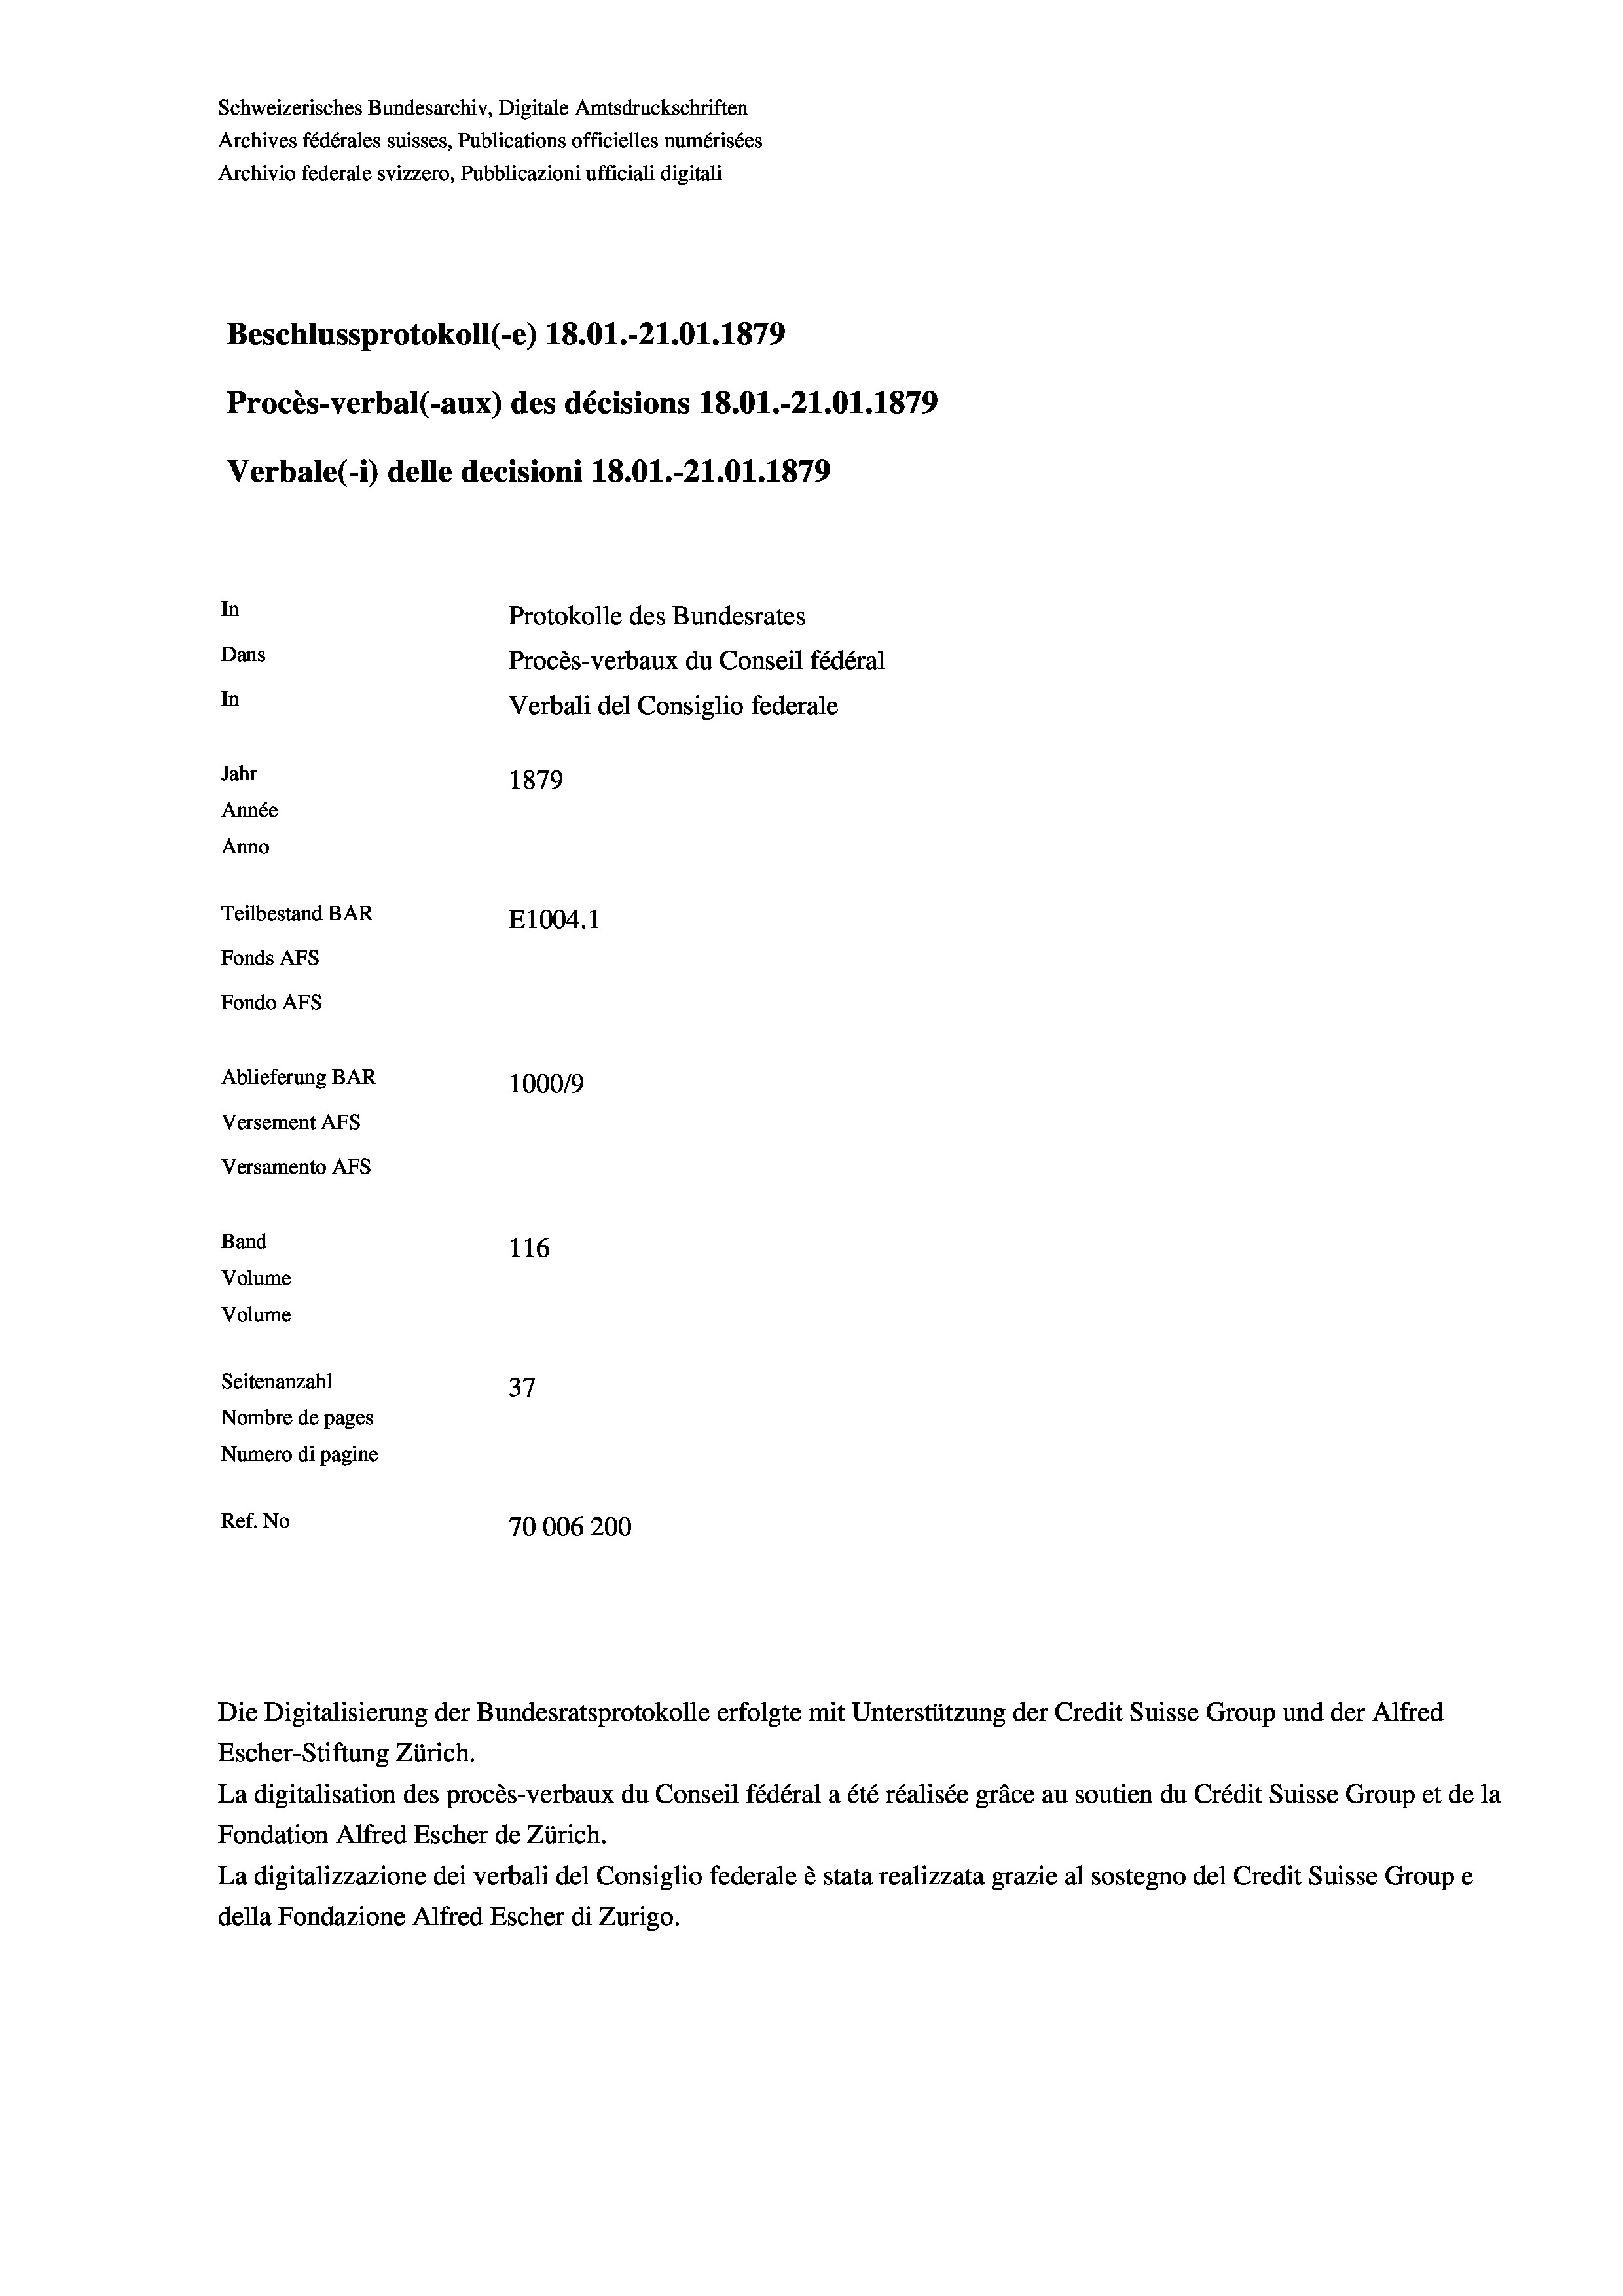
Schweizerisches Bundesarchiv, Digitale Amtsdruckschriften
Archives fédérales suisses, Publications officielles numérisées
Archivio federale svizzero, Pubblicazioni ufficiali digitali
Beschlussprotokoll (-e) 18.01.-21.01. 1879
Procès-verbal (-aux) des décisions 18.01.-21.01. 1879
Verbale (- 1) delle decisioni 18.01.-21.01. 1879
In
Protokolle des Bundesrates
Dans
Procès-verbaux du Conseil fédéral
In
Verbali del Consiglio federale
Jahr
1879
Année
Anno
Teilbestand BAR
E1004.1
Fonds AFs
Fondo AFs
Ablieferung BAR
100019
Versement AFs
Versamento AFs
Band
116
Volume
Volume

Seitenanzahl
37
Nombre de pages
Numero di pagine
Ref. No
70006200

Die Digitalisierung der Bundesratsprotokolle erfolgte mit Unterstützung der Credit Suisse Group und der Alfred
Escher-Stiftung Zürich.
La digitalisation des procès-verbaux du Conseil fédéral a été réalisée gräce au soutien du Crédit Suisse Group et de la
Fondation Alfred Escher de Zürich.
La digitalizzazione dei verbali del Consiglio federale è stata realizzata grazie al sostegno del Credit Suisse Groupe
della Fondazione Alfred Escher di Zurigo.